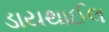
ડાયથાઈલ